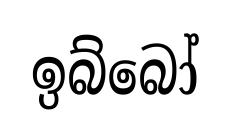
ඉබ්බෝ